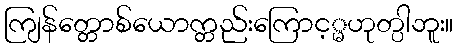
ကျြန်တ္တောစ်ယောက္တည်းကြောင့္မဟုတ္ပါဘူး။